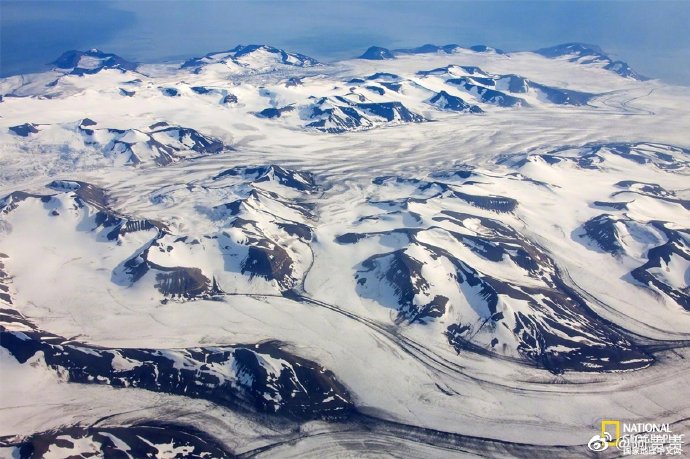
天山雪云常不开，千峰万岭雪崔嵬。